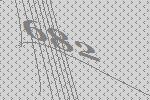
682